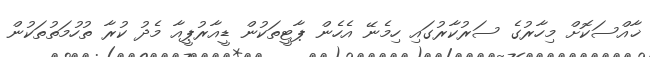
ޚާއްސަކޮށް މިހާރުގެ ސަރުކާރުގައި ހިމެނޭ އެހެން ޕާޓީތަކުން ޑީއާރުޕީއާ މެދު ކުރާ ތުހުމަތުތަކުން